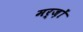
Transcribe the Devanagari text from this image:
मर्ज़ों